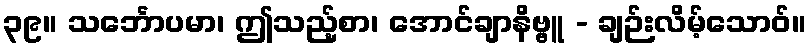
၃၉။ သင်္ဘောပမာ၊ ဤသည့်စာ၊ အောင်ချာနိဗ္ဗူ - ချဉ်းလိမ့်သောဝ်။